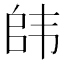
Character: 𮸯